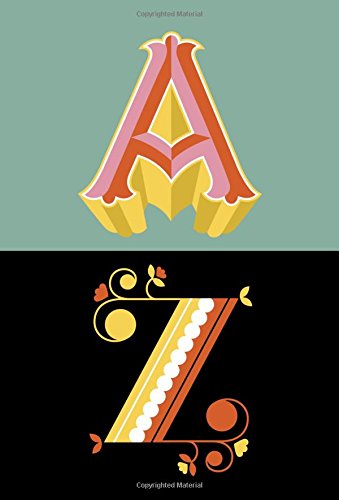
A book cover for Drop Caps: 100 Postcards; Arts & Photography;